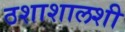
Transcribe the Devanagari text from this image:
ठशाशालशी